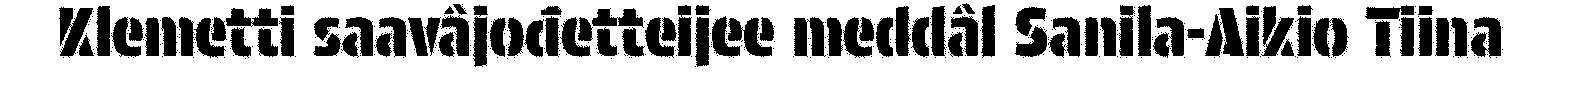
Klemetti saavâjođetteijee meddâl Sanila-Aikio Tiina